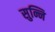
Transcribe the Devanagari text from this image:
सुन्नि